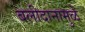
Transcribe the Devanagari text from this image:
बलीदानामुळे